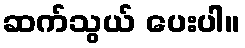
ဆက်သွယ် ပေးပါ။